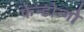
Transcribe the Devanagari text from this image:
फेन्डोन्गो